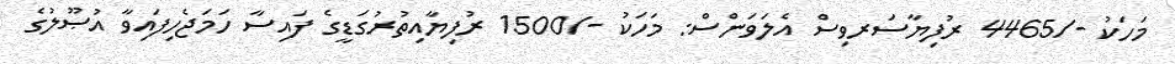
މަހަކު -/4465 ރުފިޔާސަރވިސް އެލަވަންސް: މަހަކު -/1500 ރުފިޔާއިތުރުގަޑީގެ ފައިސާ ހަމަޖެހިފައިވާ އުޞޫލުގެ